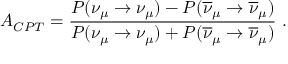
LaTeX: A _ { C P T } = \frac { P ( \nu _ { \mu } \rightarrow \nu _ { \mu } ) - P ( \overline { { { \nu } } } _ { \mu } \rightarrow \overline { { { \nu } } } _ { \mu } ) } { P ( \nu _ { \mu } \rightarrow \nu _ { \mu } ) + P ( \overline { { { \nu } } } _ { \mu } \rightarrow \overline { { { \nu } } } _ { \mu } ) } ~ .